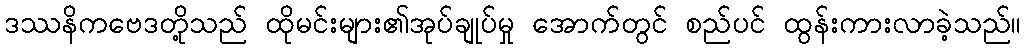
ဒဿနိကဗေဒတို့သည် ထိုမင်းများ၏အုပ်ချုပ်မှု အောက်တွင် စည်ပင် ထွန်းကားလာခဲ့သည်။